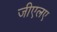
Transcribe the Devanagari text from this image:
जीएलए